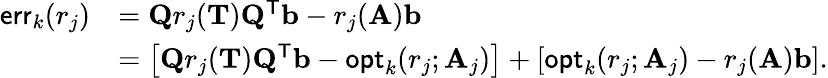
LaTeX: \begin{array}{rl}{\mathsf{err}_{k}(r_{j})}&{=\mathbf{Q}r_{j}(\mathbf{T})\mathbf{Q}^{\mathsf{T}}\mathbf{b}-r_{j}(\mathbf{A})\mathbf{b}}\\ &{=\left[\mathbf{Q}r_{j}(\mathbf{T})\mathbf{Q}^{\mathsf{T}}\mathbf{b}-\mathsf{opt}_{k}(r_{j};\mathbf{A}_{j})\right]+\left[\mathsf{opt}_{k}(r_{j};\mathbf{A}_{j})-r_{j}(\mathbf{A})\mathbf{b}\right].}\end{array}